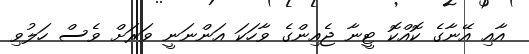
އާއި އޭނާގެ ކޮއްކޮ ޓީނާ ޖެއިންގެ ވާހަކަ އަންނަނީ ވަރަށް ވެސް ހަލުވި